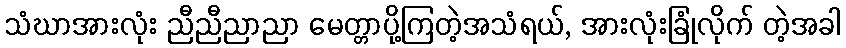
သံဃာအားလုံး ညီညီညာညာ မေတ္တာပို့ကြတဲ့အသံရယ်, အားလုံးခြုံလိုက် တဲ့အခါ